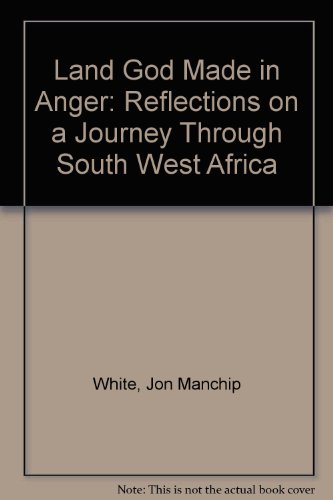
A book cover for Land God Made in Anger: Reflections on a Journey Through South West Africa; Jon Manchip White; Travel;